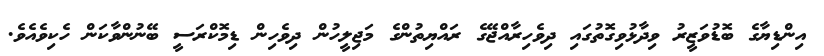
އިންޑިޔާގެ ބޮޑުވަޒީރު ވިދާޅުވިގޮތުގައި ދިވެހިރާއްޖޭގެ ރައްޔިތުންގެ މަޖިލީހުން ދިވެހިން ޑިމޮކްރަސީ ބޭނުންވާކަން ހެކިވެއެވެ.